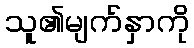
သူ၏မျက်နှာကို